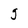
Character: g